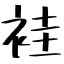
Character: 袿